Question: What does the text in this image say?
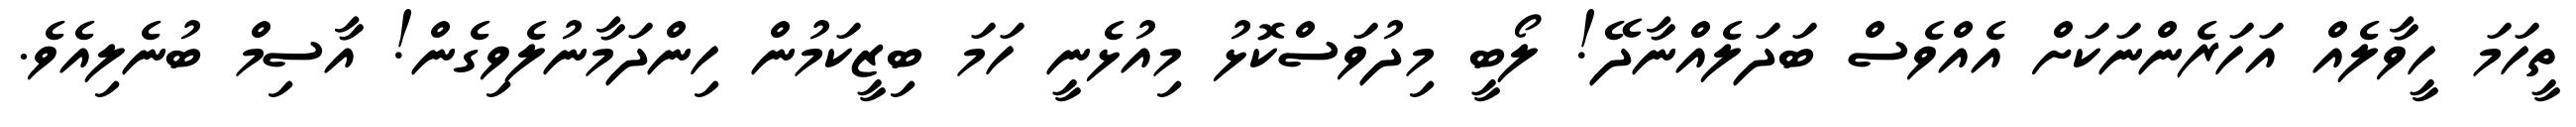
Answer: ތީހަމަ ހީވާލެއް އަހަރެންނަކަށް އެއްވެސް ބަދަލެއްނާދޭ! ލޯބީ މިދުވަސްކޮޅު މިއުޅެނީ ހަމަ ބިޒީކަމުން ހިންދަމާނުލެވިގެން! އާސިމް ބުނެލިއެވެ.